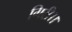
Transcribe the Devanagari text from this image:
गिरी।।